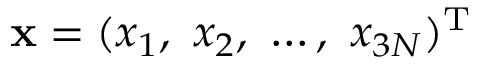
\ensuremath { \mathbf { x } } = ( x _ { 1 } , \ x _ { 2 } , \ \dots , \ x _ { 3 N } ) ^ { \mathrm { T } }